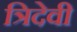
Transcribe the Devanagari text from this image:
त्रिदेवी